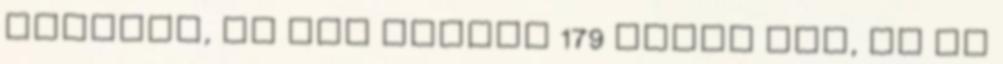
olvasom, de hát amikor 179 darab van, az se